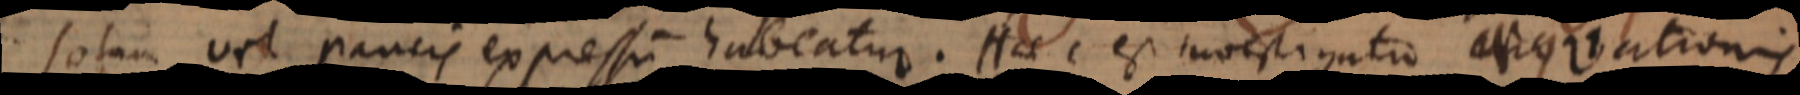
solum vel paucis expressum habeatur. Haec est investigatio aequationis.